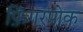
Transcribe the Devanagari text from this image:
फ़िंगरपोक